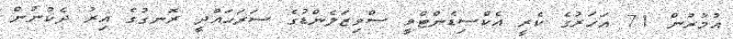
އުމުރުން 71 އަހަރުގެ ކެރީ އެކްސިޑެންޓްވީ ސްވިޒަލެންޑުގެ ސަރަހައްދީ ރޮނގުގެ އިރު ދެކުނުން